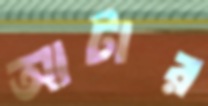
আটার